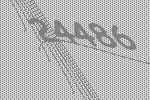
24486